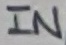
Text: IN